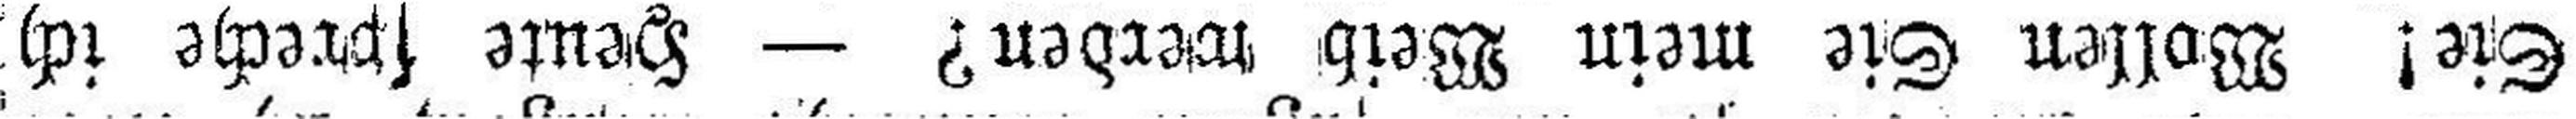
Sie! Wollen Sie mein Weib werden? — Heute spreche ich